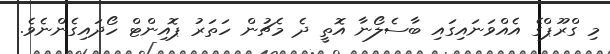
މި ގްރޫޕްގެ އެއްވަނައިގައި ބާސެލޯނާ އޮތީ ދެ މެޗުން ހަތަރު ޕޮއިންޓް ހޯދައިގެންނެވެ.